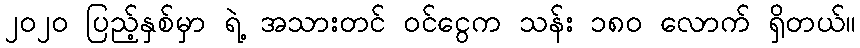
၂၀၂၀ ပြည့်နှစ်မှာ ရဲ့ အသားတင် ဝင်ငွေက သန်း ၁၈၀ လောက် ရှိတယ်။